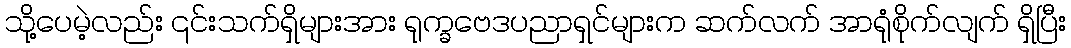
သို့ပေမဲ့လည်း ၎င်းသက်ရှိများအား ရုက္ခဗေဒပညာရှင်များက ဆက်လက် အာရုံစိုက်လျက် ရှိပြီး